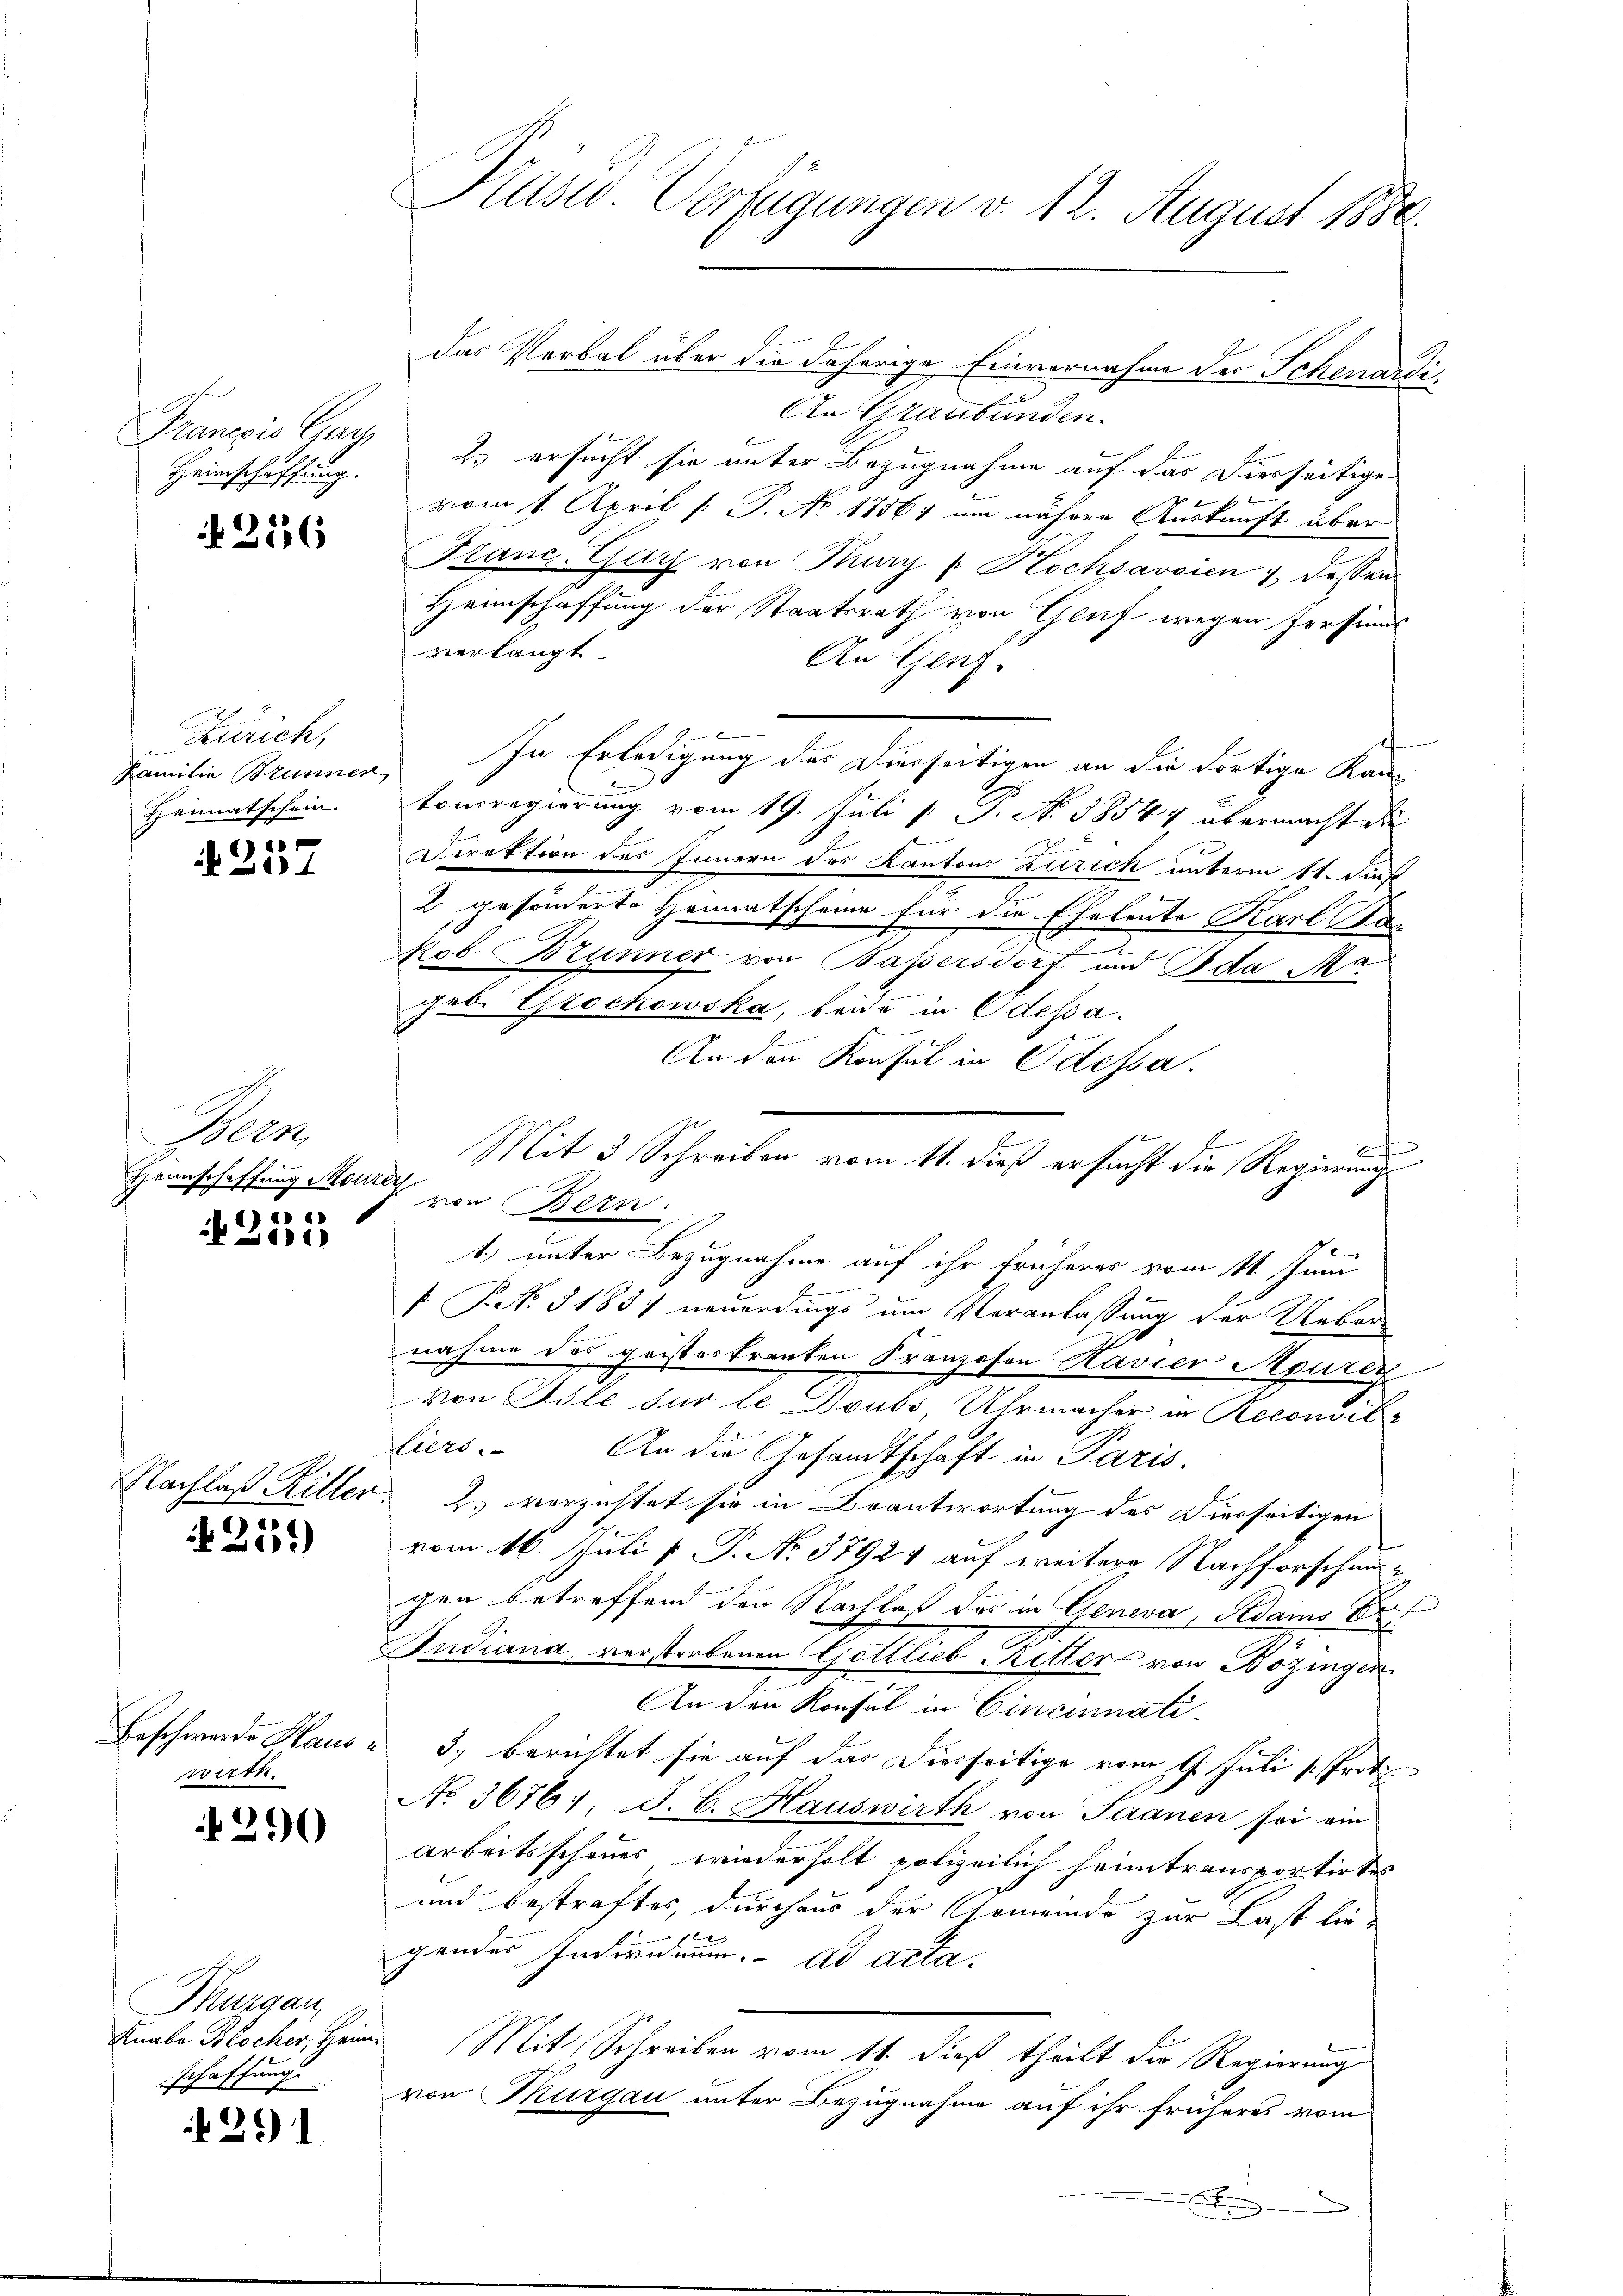
Francois Gay
Heimschaffung.

N 226

Zürich,
Familie Brunner
Heimatschein.

e
)
14

Heen
Heimschaffung Mourey
)

0

Nachlaß Ritter

256)

Beschwerde Hauswirth.

290

Thurgau,
Knabe Blocher, Heim
schaffung

261

Kasw. Verfügungen v. 12. August 1888.

das Verbal über die daherige Einvernahme der Schenardi¬
An Graubünden.
2.) ersucht sie unter Bezugnahme auf das Dierseitige
vom 1. April [ P. No 1856; um nähere Auskunft über
Kanc. Gay von Mury / Hochsaveien , dessen
Heimschaffung der Staatsrath von Gluf wegen Irrsinnt
verlangt.
Au Genfi
In Erledigung des Dierseitigen an die dortige Kan
tonsregierung vom 19. Juli [ P. No. 58547 übermacht die
.
Direktion des Innern des Kantons Zurick unterm 11. Dienst
2 gesonderte Heimatscheine für die Eheleute Karl Bac
kob Brunner von Baßersdorf und Ida Ma
geb. Grochowska, beide in Odessa.
.
An den Konsul in Odessa.
E

Mit 3 Schreiben vom 11. dieß ersucht die Regierung
von Bern.
1.) unter Bezugnahme auf ihr früheres vom 11. Juni
.
f Bd. 31837 neuerdings um Veranlassung der Ueber
nahme das geistertranten Franzosen Havier Maurer
von Isle für le Doubs Uhrmacher in Reconsitz
liers. An die Gesandtschaft in Paris.
2. verzichtet sie in Brantwortung des Diesseitigen
vom 16. Juli v. P. No. 37921 auf weitere Nachforschausgen betreffend den Nachlaß des in Geneva, Adams Drit
Indiana, verstorbenen Gottlieb Ritter von Bözingen
An den Konsul in Cincinati-
3) berichtet sie auf das Dierseitige vom 9. Juli [Prot
No 3676; J. C. Hauswirth von Saanen sei ein
arbeitsscheuer wiederholt polizeilich heimtransportirtes
und bestraftes, durchaus der Gemeinde zur Last lie¬
.
gendes Indernium ad acta.
Mit Schreiben vom 11. dieß theilt der Regierung
von Thurgau unter Bezugnahme auf ihr früheres vom
Eitung